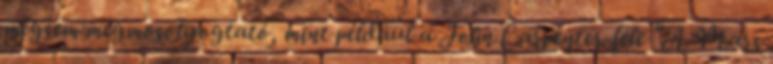
mégsem megmosolyogtató, mint például a John Carpenter-féle "A Mars